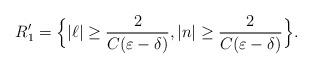
LaTeX: \begin{align*}R_1'=\Big\{|\ell| \geq \frac{2}{C(\varepsilon -\delta)}, |n| \geq \frac{2}{C(\varepsilon -\delta)}\Big\}.\end{align*}